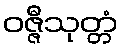
ဝဇ္ဇီသုတ္တံ